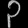
Digit: ၃